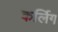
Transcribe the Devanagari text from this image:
कर्लिग